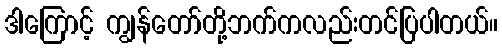
ဒါကြောင့် ကျွန်တော်တို့ဘက်ကလည်းတင်ပြပါတယ်။